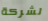
لشركة